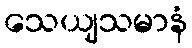
သေယျသမာနံ